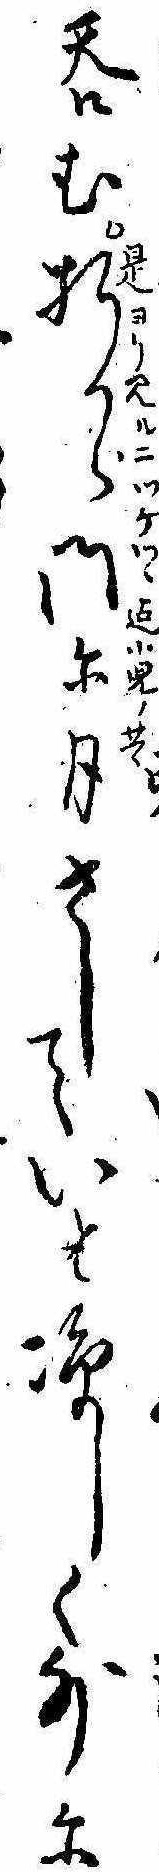
呑む折から門に月さしていと涼しく外に